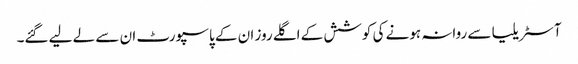
آسٹریلیا سے روانہ ہونے کی کوشش کے اگلے روز ان کے پاسپورٹ ان سے لے لیے گئے۔